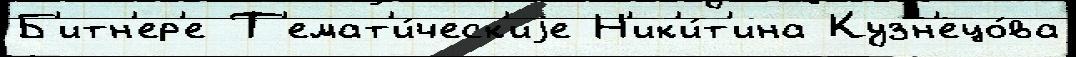
Б'итн'ер'е Т'емат'и́ческ'иjе Н'ик'и́т'ина Кузн'ецо́ва